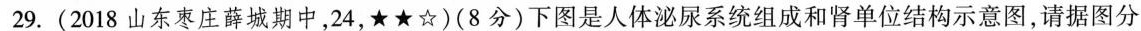
29.(2018山东枣庄薛城期中，24，★★☆)(8分)下图是人体泌尿系统组成和肾单位结构示意图，请据图分